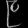
Digit: ၉